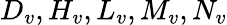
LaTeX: D_{v},H_{v},L_{v},M_{v},N_{v}